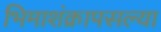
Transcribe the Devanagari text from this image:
भिमाशंक्रापसल्या